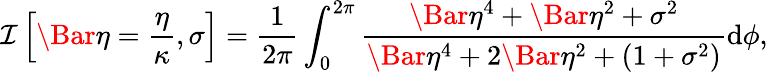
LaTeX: \mathcal{I}\left[\Bar{\eta}=\frac{\eta}{\kappa},\sigma\right]=\frac{1}{2\pi}\int_{0}^{2\pi}\frac{\Bar{\eta}^{4}+\Bar{\eta}^{2}+\sigma^{2}}{\Bar{\eta}^{4}+2\Bar{\eta}^{2}+(1+\sigma^{2})}\mathrm{d}\phi,